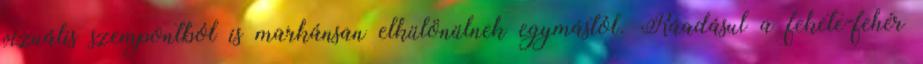
vizuális szempontból is markánsan elkülönülnek egymástól. Ráadásul a fekete-fehér